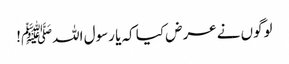
لوگوں نے عرض کیا کہ یا رسول اللہﷺ!